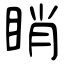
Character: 睄